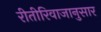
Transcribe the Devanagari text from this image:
रीतीरिवाजानुसार